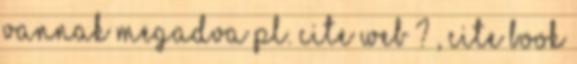
vannak megadva pl. cite web ? , cite book